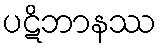
ပဋိဘာနဿ